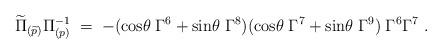
LaTeX: \begin{align*}\widetilde\Pi_{(\widetilde p)} \Pi_{(p)}^{-1} \; = \; - ({\rm cos}\theta\; \Gamma^6+ {\rm sin}\theta\; \Gamma^8)({\rm cos}\theta\; \Gamma^7+ {\rm sin}\theta\; \Gamma^9)\; \Gamma^6 \Gamma^7 \ .\end{align*}